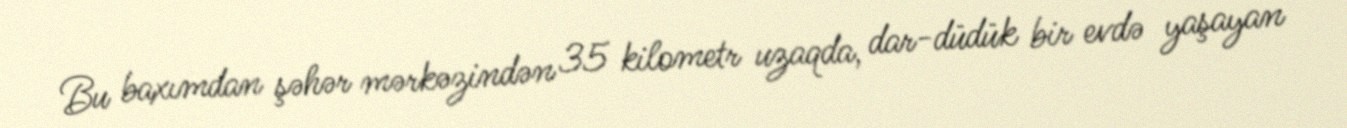
Bu baxımdan şəhər mərkəzindən 35 kilometr uzaqda, dar-düdük bir evdə yaşayan